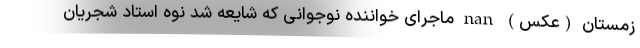
زمستان (عکس) nan ماجرای خواننده نوجوانی که شایعه شد نوه استاد شجریان